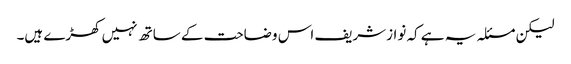
لیکن مسئلہ یہ ہے کہ نوازشریف اس وضاحت کے ساتھ نہیں کھڑے ہیں۔